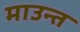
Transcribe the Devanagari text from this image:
माउन्त